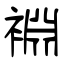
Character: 裫